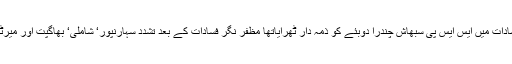
جسٹس سہائے کی نگرانی میں بنائی گئی ایک رکنی کمیٹی نے 2013کے مظفر نگر فسادات میں ایس ایس پی سبھاش چندرا دوبئے کو ذمہ دار ٹھرایاتھا مظفر نگر فسادات کے بعد تشدد سہارنپور‘ شاملی‘ بھاگپت اور میرٹھ تک پھیل گیاتھا جس میں63لوگوں کی ہلاکت اور55,000لوگ بے گھر ہوگئے تھے۔